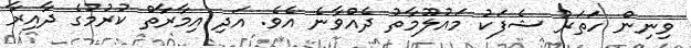
ވިނިން ހަތަރު ޝެފަކު މައުލޫމާތު ދެއްވާނެ އެވެ. އަދި އިމާރާތް ކުރުމުގެ ދާއިރާ